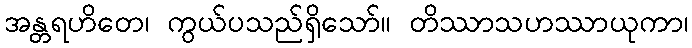
အန္တရဟိတေ၊ ကွယ်ပသည်ရှိသော်။ တိဿာသဟဿာယုကာ၊